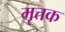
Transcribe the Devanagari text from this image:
मृत्तक